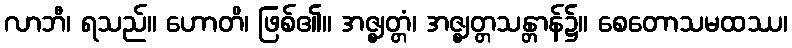
လာဘီ၊ ရသည်။ ဟောတိ၊ ဖြစ်၏။ အဇ္ဈတ္တံ၊ အဇ္ဈတ္တသန္တာန်၌။ စေတောသမထဿ၊